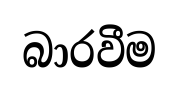
බාරවීම